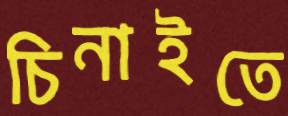
চিনাইতে